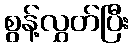
စွန့်လွှတ်ပြီး